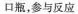
口瓶，参与反应